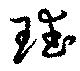
珷